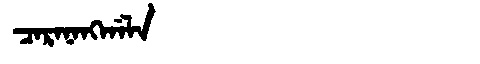
Manchu: ᠴᠠᡵᠠᠨᠠᠩᡤᠠᠯᠠ
Romanization: CARANANGGALA